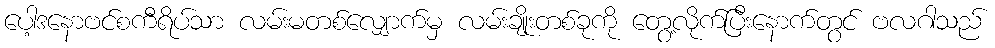
ပေါ့ဒနောဗင်စကီရိပ်သာ လမ်းမတစ်လျှောက်မှ လမ်းချိုးတစ်ခုကို တွေ့လိုက်ပြီးနောက်တွင် ဗလဂါသည်